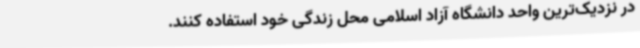
در نزدیک‌ترین واحد دانشگاه آزاد اسلامی محل زندگی خود استفاده کنند.